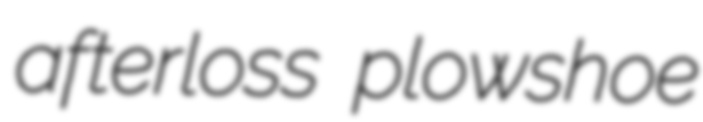
afterloss plowshoe